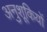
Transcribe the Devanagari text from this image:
अनुशूकियों